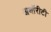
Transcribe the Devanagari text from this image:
अथॉरीटी